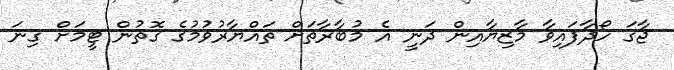
ޖާގަ ހޯދާފައިވާ މާޒިޔާއިން ދަނީ އެ މުބާރާތަށް ތައްޔާރުވުމުގެ ގޮތުން ޓީމަށް ގިނަ